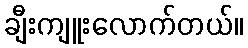
ချီးကျူးလောက်တယ်။